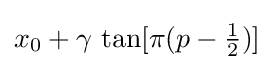
x_{0}+\gamma \,\tan[\pi (p-{\tfrac {1}{2}})]